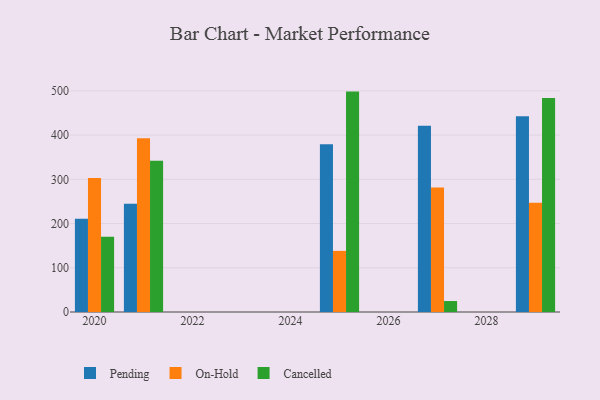
{"axis": {"x": "Year", "y": "Satisfaction Score"}, "legend": ["Cancelled", "On-Hold", "Pending"], "data": [{"x": "2027", "y": 421.1, "type": "Pending"}, {"x": "2027", "y": 281.7, "type": "On-Hold"}, {"x": "2027", "y": 24.8, "type": "Cancelled"}, {"x": "2021", "y": 245.0, "type": "Pending"}, {"x": "2021", "y": 393.0, "type": "On-Hold"}, {"x": "2021", "y": 341.7, "type": "Cancelled"}, {"x": "2029", "y": 442.3, "type": "Pending"}, {"x": "2029", "y": 247.0, "type": "On-Hold"}, {"x": "2029", "y": 484.1, "type": "Cancelled"}, {"x": "2020", "y": 211.0, "type": "Pending"}, {"x": "2020", "y": 303.2, "type": "On-Hold"}, {"x": "2020", "y": 170.3, "type": "Cancelled"}, {"x": "2025", "y": 379.0, "type": "Pending"}, {"x": "2025", "y": 138.2, "type": "On-Hold"}, {"x": "2025", "y": 498.3, "type": "Cancelled"}]}